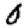
Digit: 0